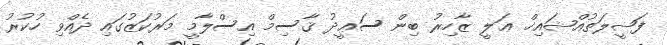
ފަޟީލަތުއްޝައިޚް ޢަލީ ޒާހިރު ބިން ސަޢީދު ޤާސިމް އިސްލާމީ މަރުކަޒުގައި ދެއްވި ހުކުރު